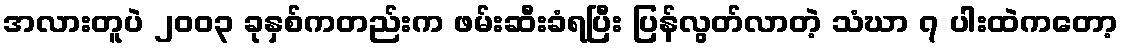
အလားတူပဲ ၂၀၀၃ ခုနှစ်ကတည်းက ဖမ်းဆီးခံရပြီး ပြန်လွတ်လာတဲ့ သံဃာ ၇ ပါးထဲကတော့